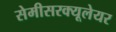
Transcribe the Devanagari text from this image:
सेमीसरक्यूलेयर